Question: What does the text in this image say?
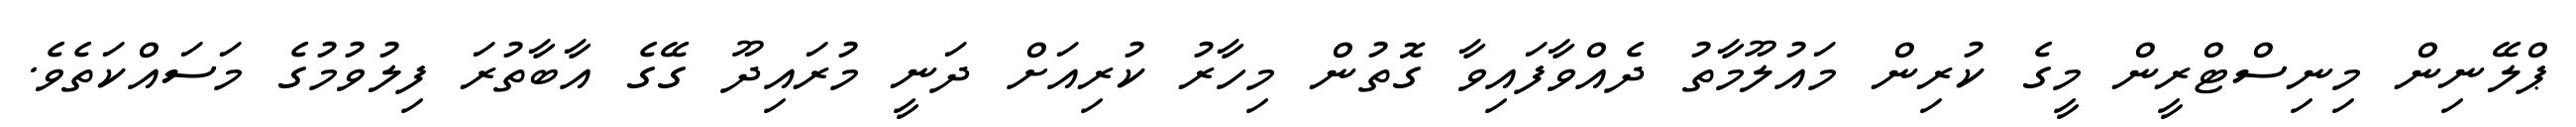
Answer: ޕްލޭނިން މިނިސްޓްރީން މީގެ ކުރިން މައުލޫމާތު ދެއްވާފައިވާ ގޮތުން މިހާރު ކުރިއަށް ދަނީ މުރައިދޫ ގޭގެ އާބާތުރަ ފިލުވުމުގެ މަސައްކަތެވެ.